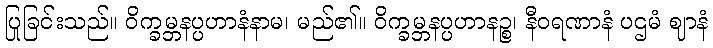
ပြုခြင်းသည်။ ဝိက္ခမ္ဘနပ္ပဟာနံနာမ၊ မည်၏။ ဝိက္ခမ္ဘနပ္ပဟာနဉ္စ၊ နီဝရဏာနံ ပဌမံ ဈာနံ